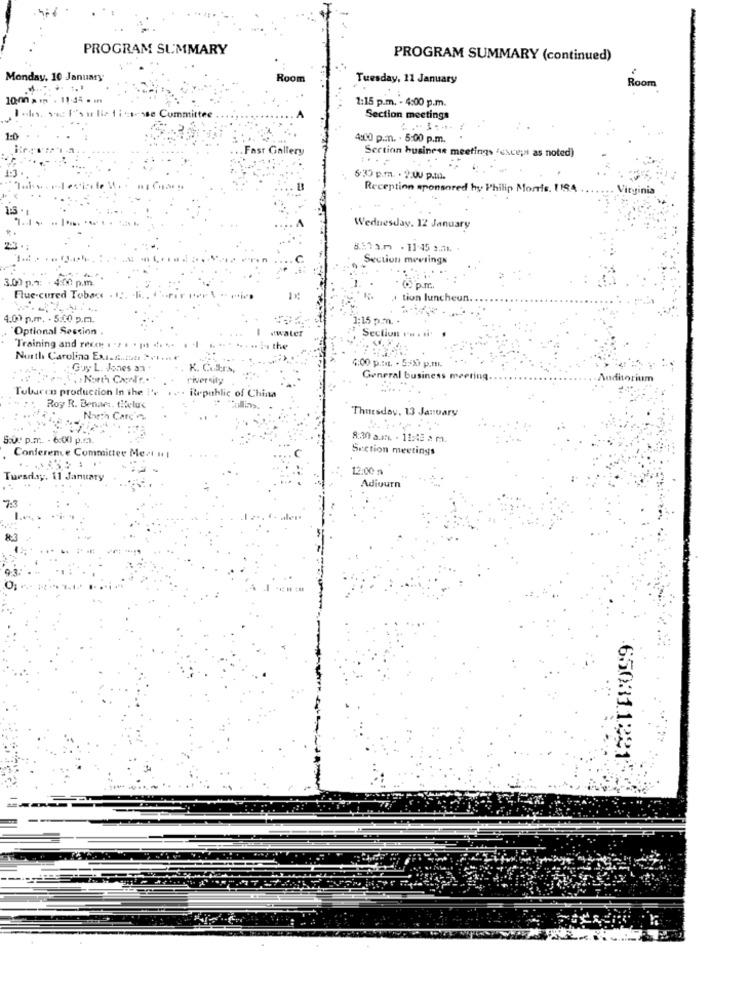
PROGRAM SUMMARY
PROGRAM SUMMARY (continued)
Monday, 10 January
Room
Tuesday, 11 January
Room
10-00 a
1:15 p.m. - 4:00 p.m.
1. 542 It's u lie 1is-sse Committee
Section meetings
1:0
4:00 p.mn. . 5:00 p.m.
Fast Gallery
Sertion business meetings (except as noted)
530 p.m. . ):00 p.m.
Reception sponsored by Philip Morris. 1184
Virginia
Wednesday, 12 January
881a.m . 11:15 .11.
Section meviings
3.00 p.1:
4:00 p.m.
Flue-cured Tobac
tion luncheun.
4.00 p.m. . 5:00 p.m ..
1:15 p.m. .
"Optional Session .
.water
Section resti
Training and rece . . . . [ .. .
... 14 the
Nurth Carolina Ext. A.itatt 2VI
.: Guy L. Jones a
K. Cutters
4:00 p .: It. . 5:533 p.m.
riversity
General business me
uditorium
Tobacco production In the
Republic of China
Roy R. Benam. tHeluc
Thursday, 13 January
Natth Carc'n
S.u. p.m .. - 6:00) p.m ...
8:30 a.m .. . 11:45 2 m.
Conference Committe
Section meetings
12:00 m
Tuesday. 11 January
Adiourn
7:3
650311221